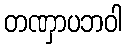
တဏှာပဘဝါ